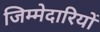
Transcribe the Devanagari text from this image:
जिम्‍मेदारियों